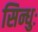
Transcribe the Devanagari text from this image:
सिन्धुः